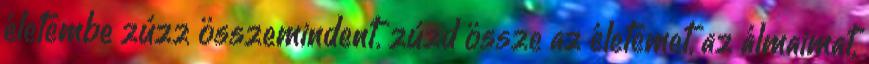
életembe zúzz összemindent. zúzd össze az életemet, az álmaimat,